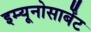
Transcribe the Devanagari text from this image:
इम्यूनोसार्बेंट